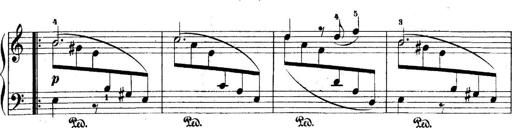
Title: 5 Sonatinas
Composer: Theodor Kirchner